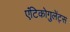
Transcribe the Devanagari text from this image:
एंटिकोगुलेंट्स